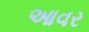
આવર